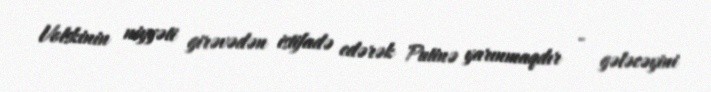
Volskinin niyyəti girəvədən istifadə edərək Putinə yarınmaqdır - gələcəyini